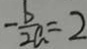
- \frac { b } { 2 a } = 2